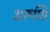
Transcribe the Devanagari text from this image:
अरूणि